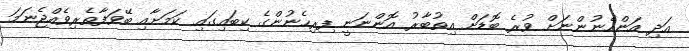
އަދި އަންހެނުންނަށް ވުރެ ބޮޑަށް އިތުބާރު އޮންނަނީ ފިރިހެނުންގެ ކިބައިގައި ކަމަށާއި ބޭވަފާތެރިވެއްޖެނަމަ